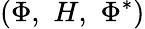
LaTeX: (\Phi,\, \, H,\, \, \Phi^{*})